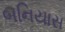
બનિયાસ